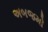
અબજમો